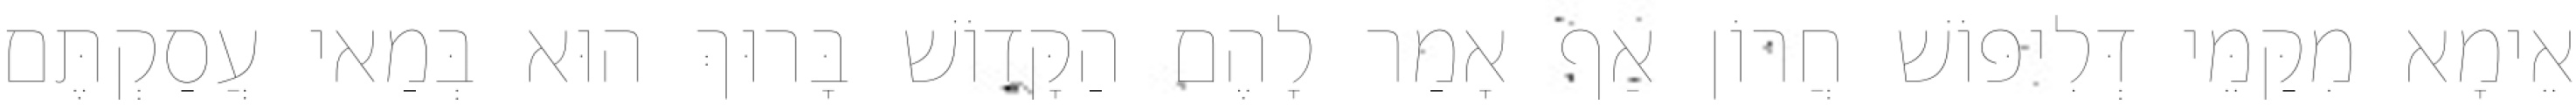
אֵימָא מִקַּמֵּי דְּלִיפּוֹשׁ חֲרוֹן אַף אָמַר לָהֶם הַקָּדוֹשׁ בָּרוּךְ הוּא בְּמַאי עֲסַקְתֶּם